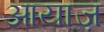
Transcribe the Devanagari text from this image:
आयाज़